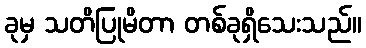
ခုမှ သတိပြုမိတာ တစ်ခုရှိသေးသည်။